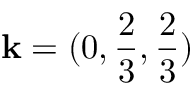
\mathbf { k } = ( 0 , \frac { 2 } { 3 } , \frac { 2 } { 3 } )